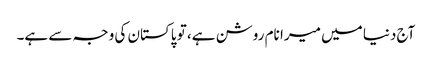
آج دنیا میں میرا نام روشن ہے، تو پاکستان کی وجہ سے ہے۔